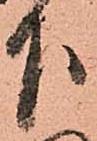
下